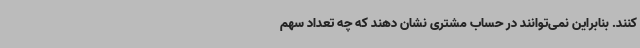
کنند. بنابراین نمی‌توانند در حساب مشتری نشان دهند که چه تعداد سهم